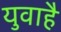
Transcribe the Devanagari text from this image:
युवाहै